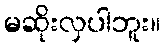
မဆိုးလှပါဘူး။